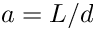
a = L / d